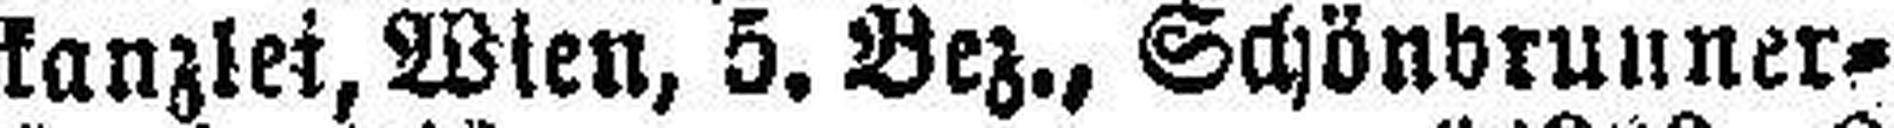
kanzlei,Wien, 5. Bez., Schönbrunner¬